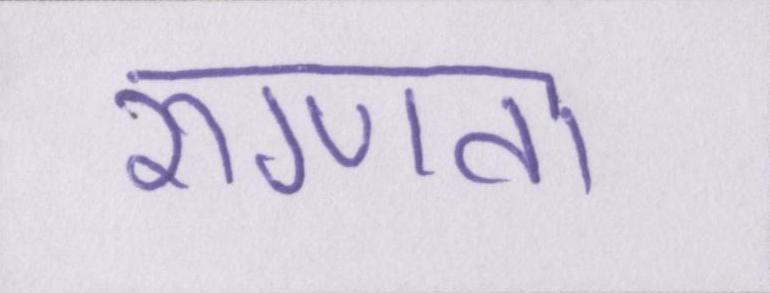
रुग्णता